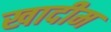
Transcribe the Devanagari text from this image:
खादीम